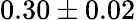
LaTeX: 0.30\pm 0.02